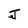
Character: J